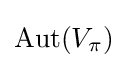
{\text{Aut}}(V_{\pi })